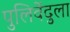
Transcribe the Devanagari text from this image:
पुलिवेंदुला